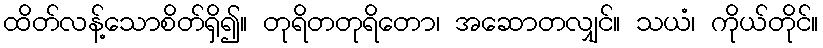
ထိတ်လန့်သောစိတ်ရှိ၍။ တုရိတတုရိတော၊ အဆောတလျှင်။ သယံ၊ ကိုယ်တိုင်။